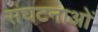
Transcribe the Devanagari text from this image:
संघटनाओं